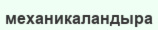
механикаландыра